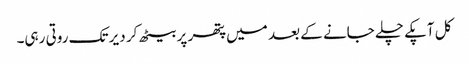
کل آپکے چلے جانے کے بعد میں پتھر پر بیٹھ کر دیر تک روتی رہی۔